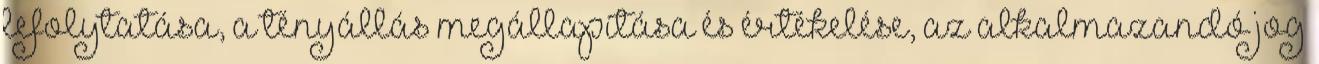
lefolytatása, a tényállás megállapítása és értékelése, az alkalmazandó jog